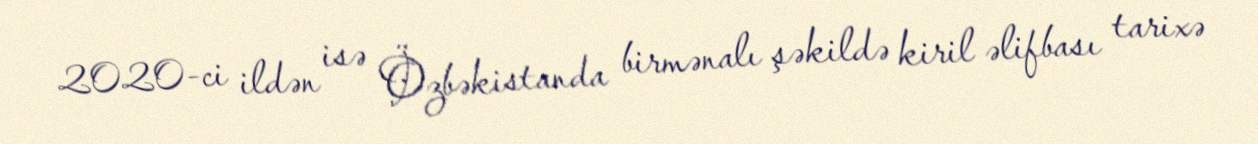
2020-ci ildən isə Özbəkistanda birmənalı şəkildə kiril əlifbası tarixə